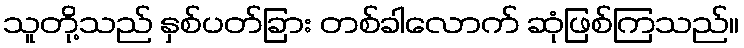
သူတို့သည် နှစ်ပတ်ခြား တစ်ခါလောက် ဆုံဖြစ်ကြသည်။